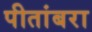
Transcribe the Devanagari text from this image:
पीतांबरा